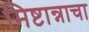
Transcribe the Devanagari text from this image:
मिष्टान्नाचा